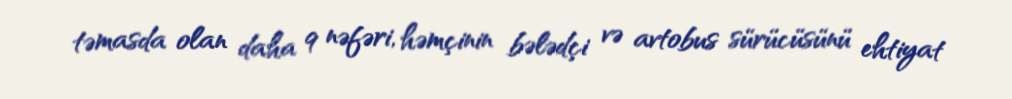
təmasda olan daha 9 nəfəri, həmçinin bələdçi və avtobus sürücüsünü ehtiyat